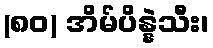
(၈၀) အိမ်ပိန္နဲသီး၊